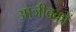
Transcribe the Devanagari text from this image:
आजीवकों